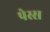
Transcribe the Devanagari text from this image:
पेस्स